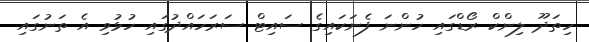
ހިތަދޫ ލިންކް ރޯޑްގައި ހުންނަ ފެނަކައިގެ ސައިޓް ސަރަހައްދުގައި ހުޅުވި އެ ތަނުގައި